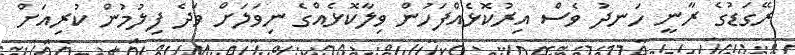
ރޭގަޑުގެ ރާނީ ހަނދު ވެސް އިރުކޮޅެއްފަހުން ވިލާކޮޅެއްގެ ނިވަލަށް ވަދެ ފިލުމުން ކުރިއަށް